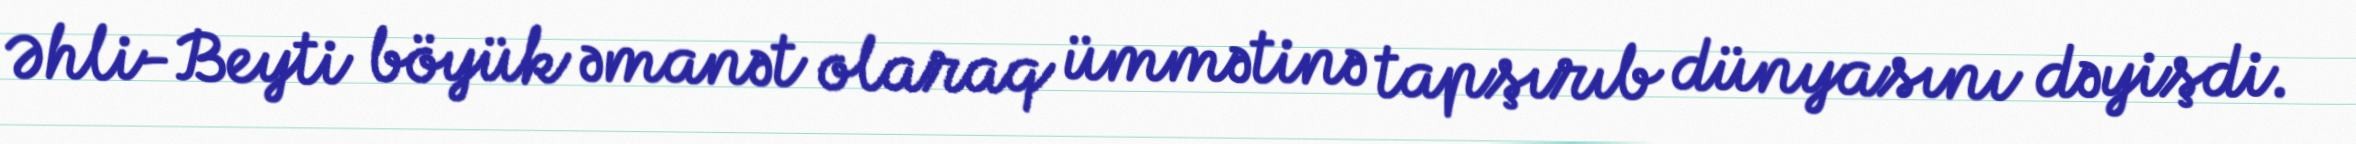
Əhli-Beyti böyük əmanət olaraq ümmətinə tapşırıb dünyasını dəyişdi.